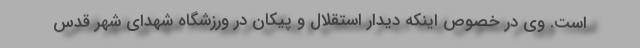
است. وی در خصوص اینکه دیدار استقلال و پیکان در ورزشگاه شهدای شهر قدس